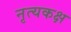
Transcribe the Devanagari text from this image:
नृत्यकक्ष